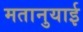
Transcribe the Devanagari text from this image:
मतानुयाई